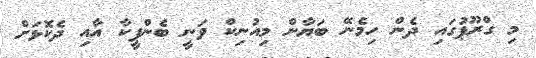
މި ގްރޫޕުގައި ދެން ހިމެނޭ ބަޔާން މިއުނިކް ވަނީ ބެންފީކާ އާއި ދެކޮޅަށް